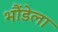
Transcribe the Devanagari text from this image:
भौंडेला